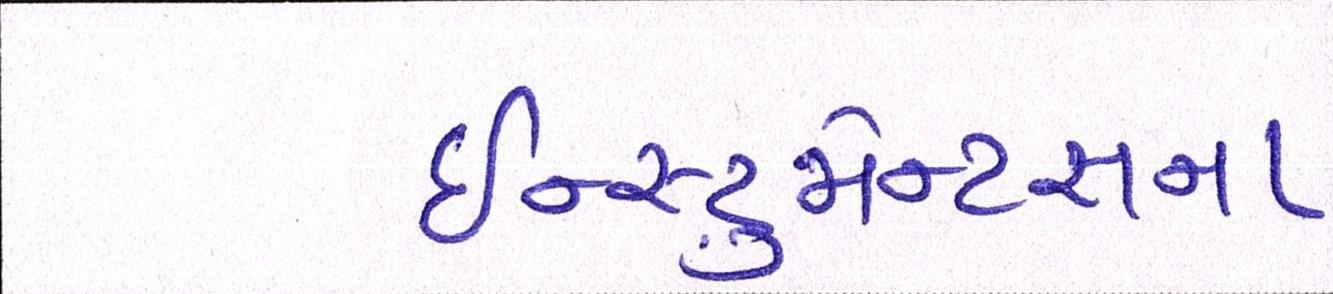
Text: ઇન્સ્ટ્રુમેન્ટસના